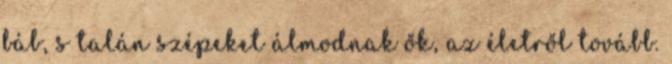
báb, s talán szépeket álmodnak ők, az életről tovább.